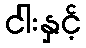
ငါးနှင့်